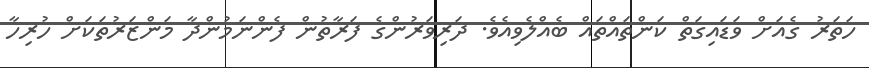
ހަތަރު ގެއަށް ވަޑައިގަތް ކަންތައްތައް ބެއްލެވިއެވެ. ދަރިވަރުންގެ ފަރާތުން ފެންނަމުންދާ މަންޒަރުތަކަށް ހުރިހާ